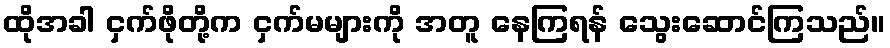
ထိုအခါ ငှက်ဖိုတို့က ငှက်မများကို အတူ နေကြရန် သွေးဆောင်ကြသည်။